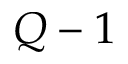
Q - 1